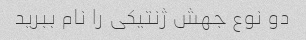
دو نوع جهش ژنتیکی را نام ببرید